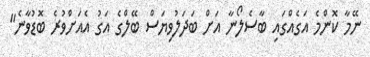
ނޭމާ ކޮންމެ އަގެއްގައި ބާސެލޯނާ އަށް ބަދަލުވިޔަސް ބޭލްގެ އަގު އެއަށްވުރެ ބޮޑުވާނެ"